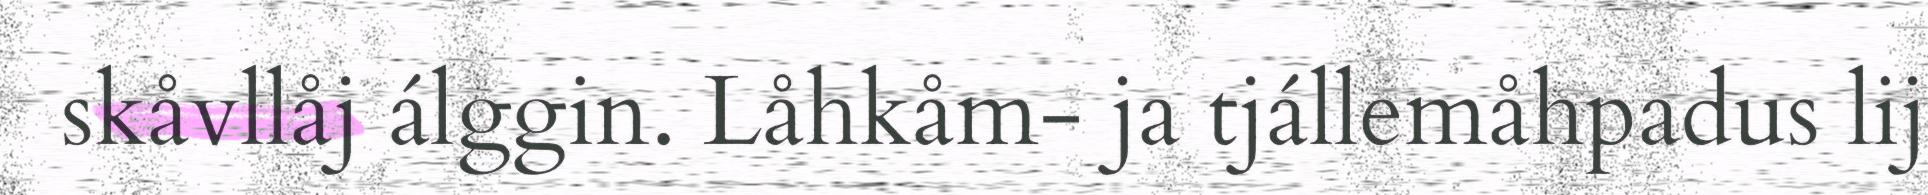
skåvllåj álggin. Låhkåm- ja tjállemåhpadus lij